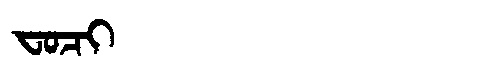
Manchu: ᠸᠣᠴᡳ
Romanization: FOCI